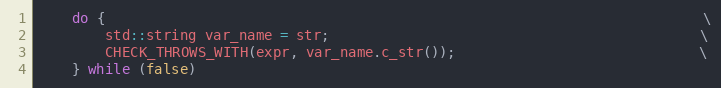
Language: C
    do {                                                                       \
        std::string var_name = str;                                            \
        CHECK_THROWS_WITH(expr, var_name.c_str());                             \
    } while (false)